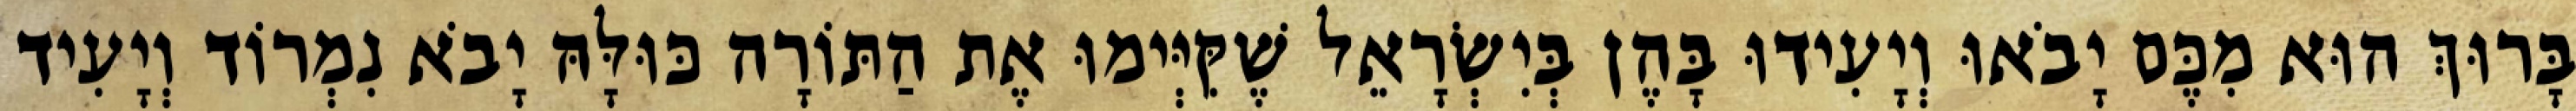
בָּרוּךְ הוּא מִכֶּם יָבֹאוּ וְיָעִידוּ בָּהֶן בְּיִשְׂרָאֵל שֶׁקִּיְּימוּ אֶת הַתּוֹרָה כּוּלָּהּ יָבֹא נִמְרוֹד וְיָעִיד